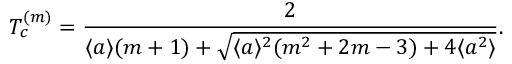
T _ { c } ^ { ( m ) } = \frac { 2 } { \langle a \rangle ( m + 1 ) + \sqrt { \langle a \rangle ^ { 2 } ( m ^ { 2 } + 2 m - 3 ) + 4 \langle a ^ { 2 } \rangle } } .